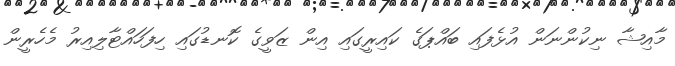
މާއިޝާ ނިކުންނަން އުޅެފައި ބައްޕަގެ ކައިރީގައި އިން ޒަވީގެ ކޮނޑުގައި ހިފަހައްޓާލިއިރު މެހެރީން